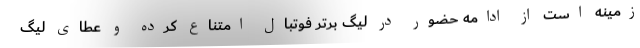
زمینه است از ادامه حضور در لیگ برتر فوتبال امتناع کرده و عطای لیگ